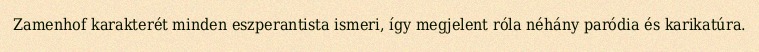
Zamenhof karakterét minden eszperantista ismeri, így megjelent róla néhány paródia és karikatúra.